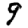
Digit: 9